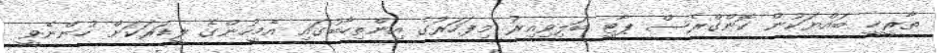
ތާރީޚީ ބައްޔަކުން ކޮންގްރެސް ޕާޓީ ބަލިވިއިރު މިފަހަރުގެ އިންތިހާބުގައި އެމީހުންގެ ލީޑަރަކަށް ހުންނެވީ